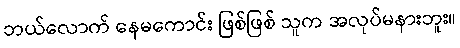
ဘယ်လောက် နေမကောင်း ဖြစ်ဖြစ် သူက အလုပ်မနားဘူး။